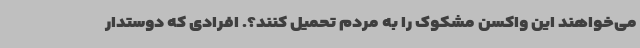
می‌خواهند این واکسن مشکوک را به مردم تحمیل کنند؟. افرادی که دوستدار